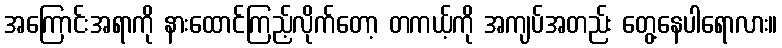
အကြောင်းအရာကို နားထောင်ကြည့်လိုက်တော့ တကယ့်ကို အကျပ်အတည်း တွေ့နေပါရောလား။